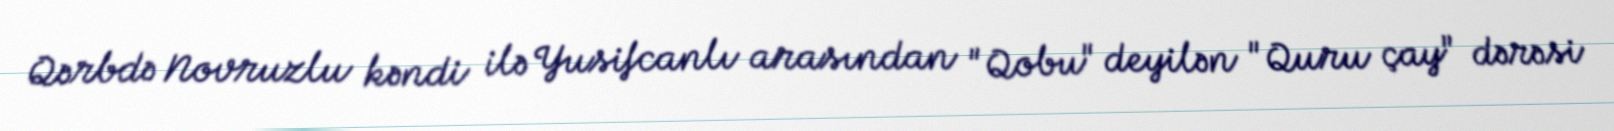
Qərbdə Novruzlu kəndi ilə Yusifcanlı arasından "Qobu" deyilən "Quru çay" dərəsi